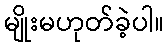
မျိုးမဟုတ်ခဲ့ပါ။